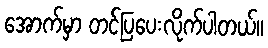
အောက်မှာ တင်ပြပေးလိုက်ပါတယ်။